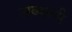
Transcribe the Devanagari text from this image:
अब्‍दाली